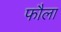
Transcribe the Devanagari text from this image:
फौला